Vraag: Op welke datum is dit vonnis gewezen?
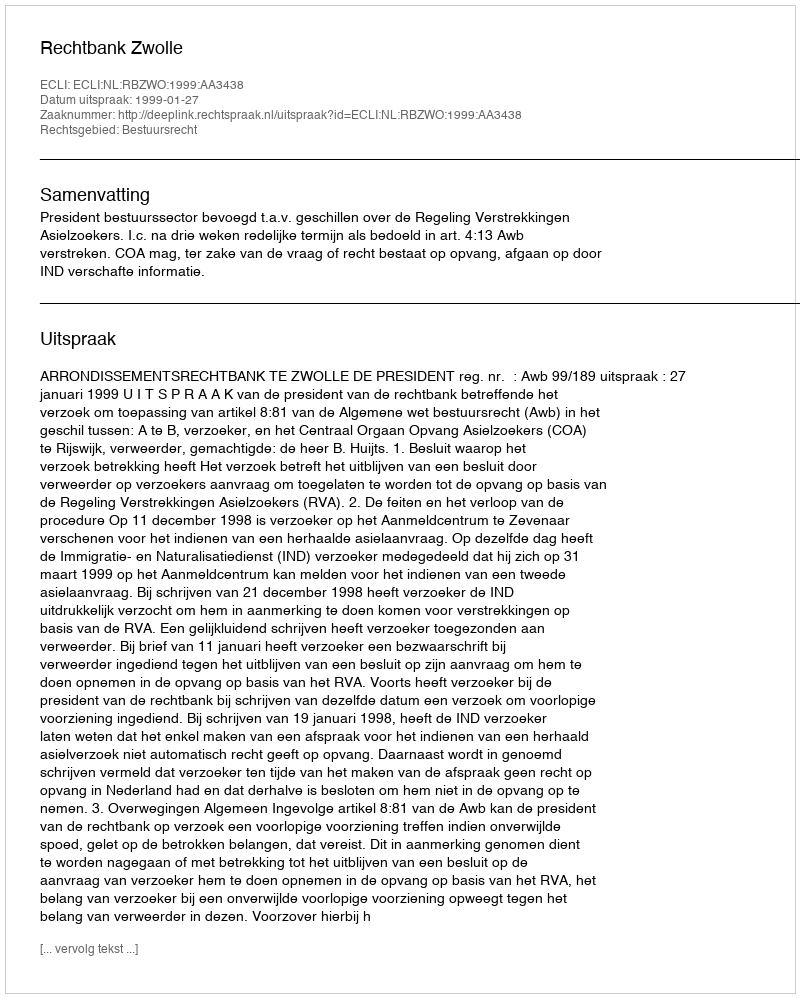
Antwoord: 1999-01-27